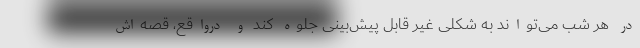
در هر شب می‌تواند به شکلی غیر قابل پیش‌بینی جلوه کند و درواقع، قصه‌اش